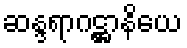
ဆန္ဒရာဂဋ္ဌာနိယေ